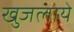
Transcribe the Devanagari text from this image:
खुजलाये